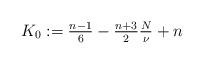
LaTeX: \begin{align*} \textstyle K_{0}:= \frac{n-1}{6}-\frac{n+3}{2}\frac{N}{\nu}+n\end{align*}